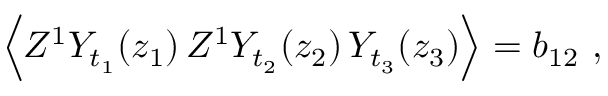
\Big \langle Z ^ { 1 } Y _ { t _ { 1 } } ( z _ { 1 } ) \, Z ^ { 1 } Y _ { t _ { 2 } } ( z _ { 2 } ) \, Y _ { t _ { 3 } } ( z _ { 3 } ) \Big \rangle = b _ { 1 2 } \ ,